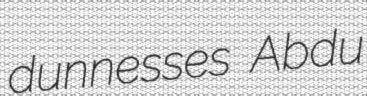
dunnesses Abdu